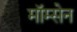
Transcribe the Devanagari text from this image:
मॉम्सेन